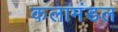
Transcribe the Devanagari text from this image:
कलामंडल